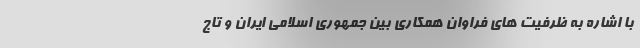
با اشاره به ظرفیت های فراوان همکاری بین جمهوری اسلامی ایران و تاج